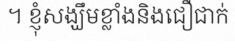
។ ខ្ញុំសង្ឃឹមខ្លាំងនិងជឿជាក់